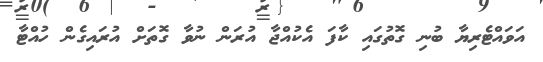
އަވައްޓެރިޔާ ބުނި ގޮތުގައި ކާފަ އެކުއްޖާ އުރަން ނުވާ ގޮތަށް އުރައިގެން ހުއްޓާ